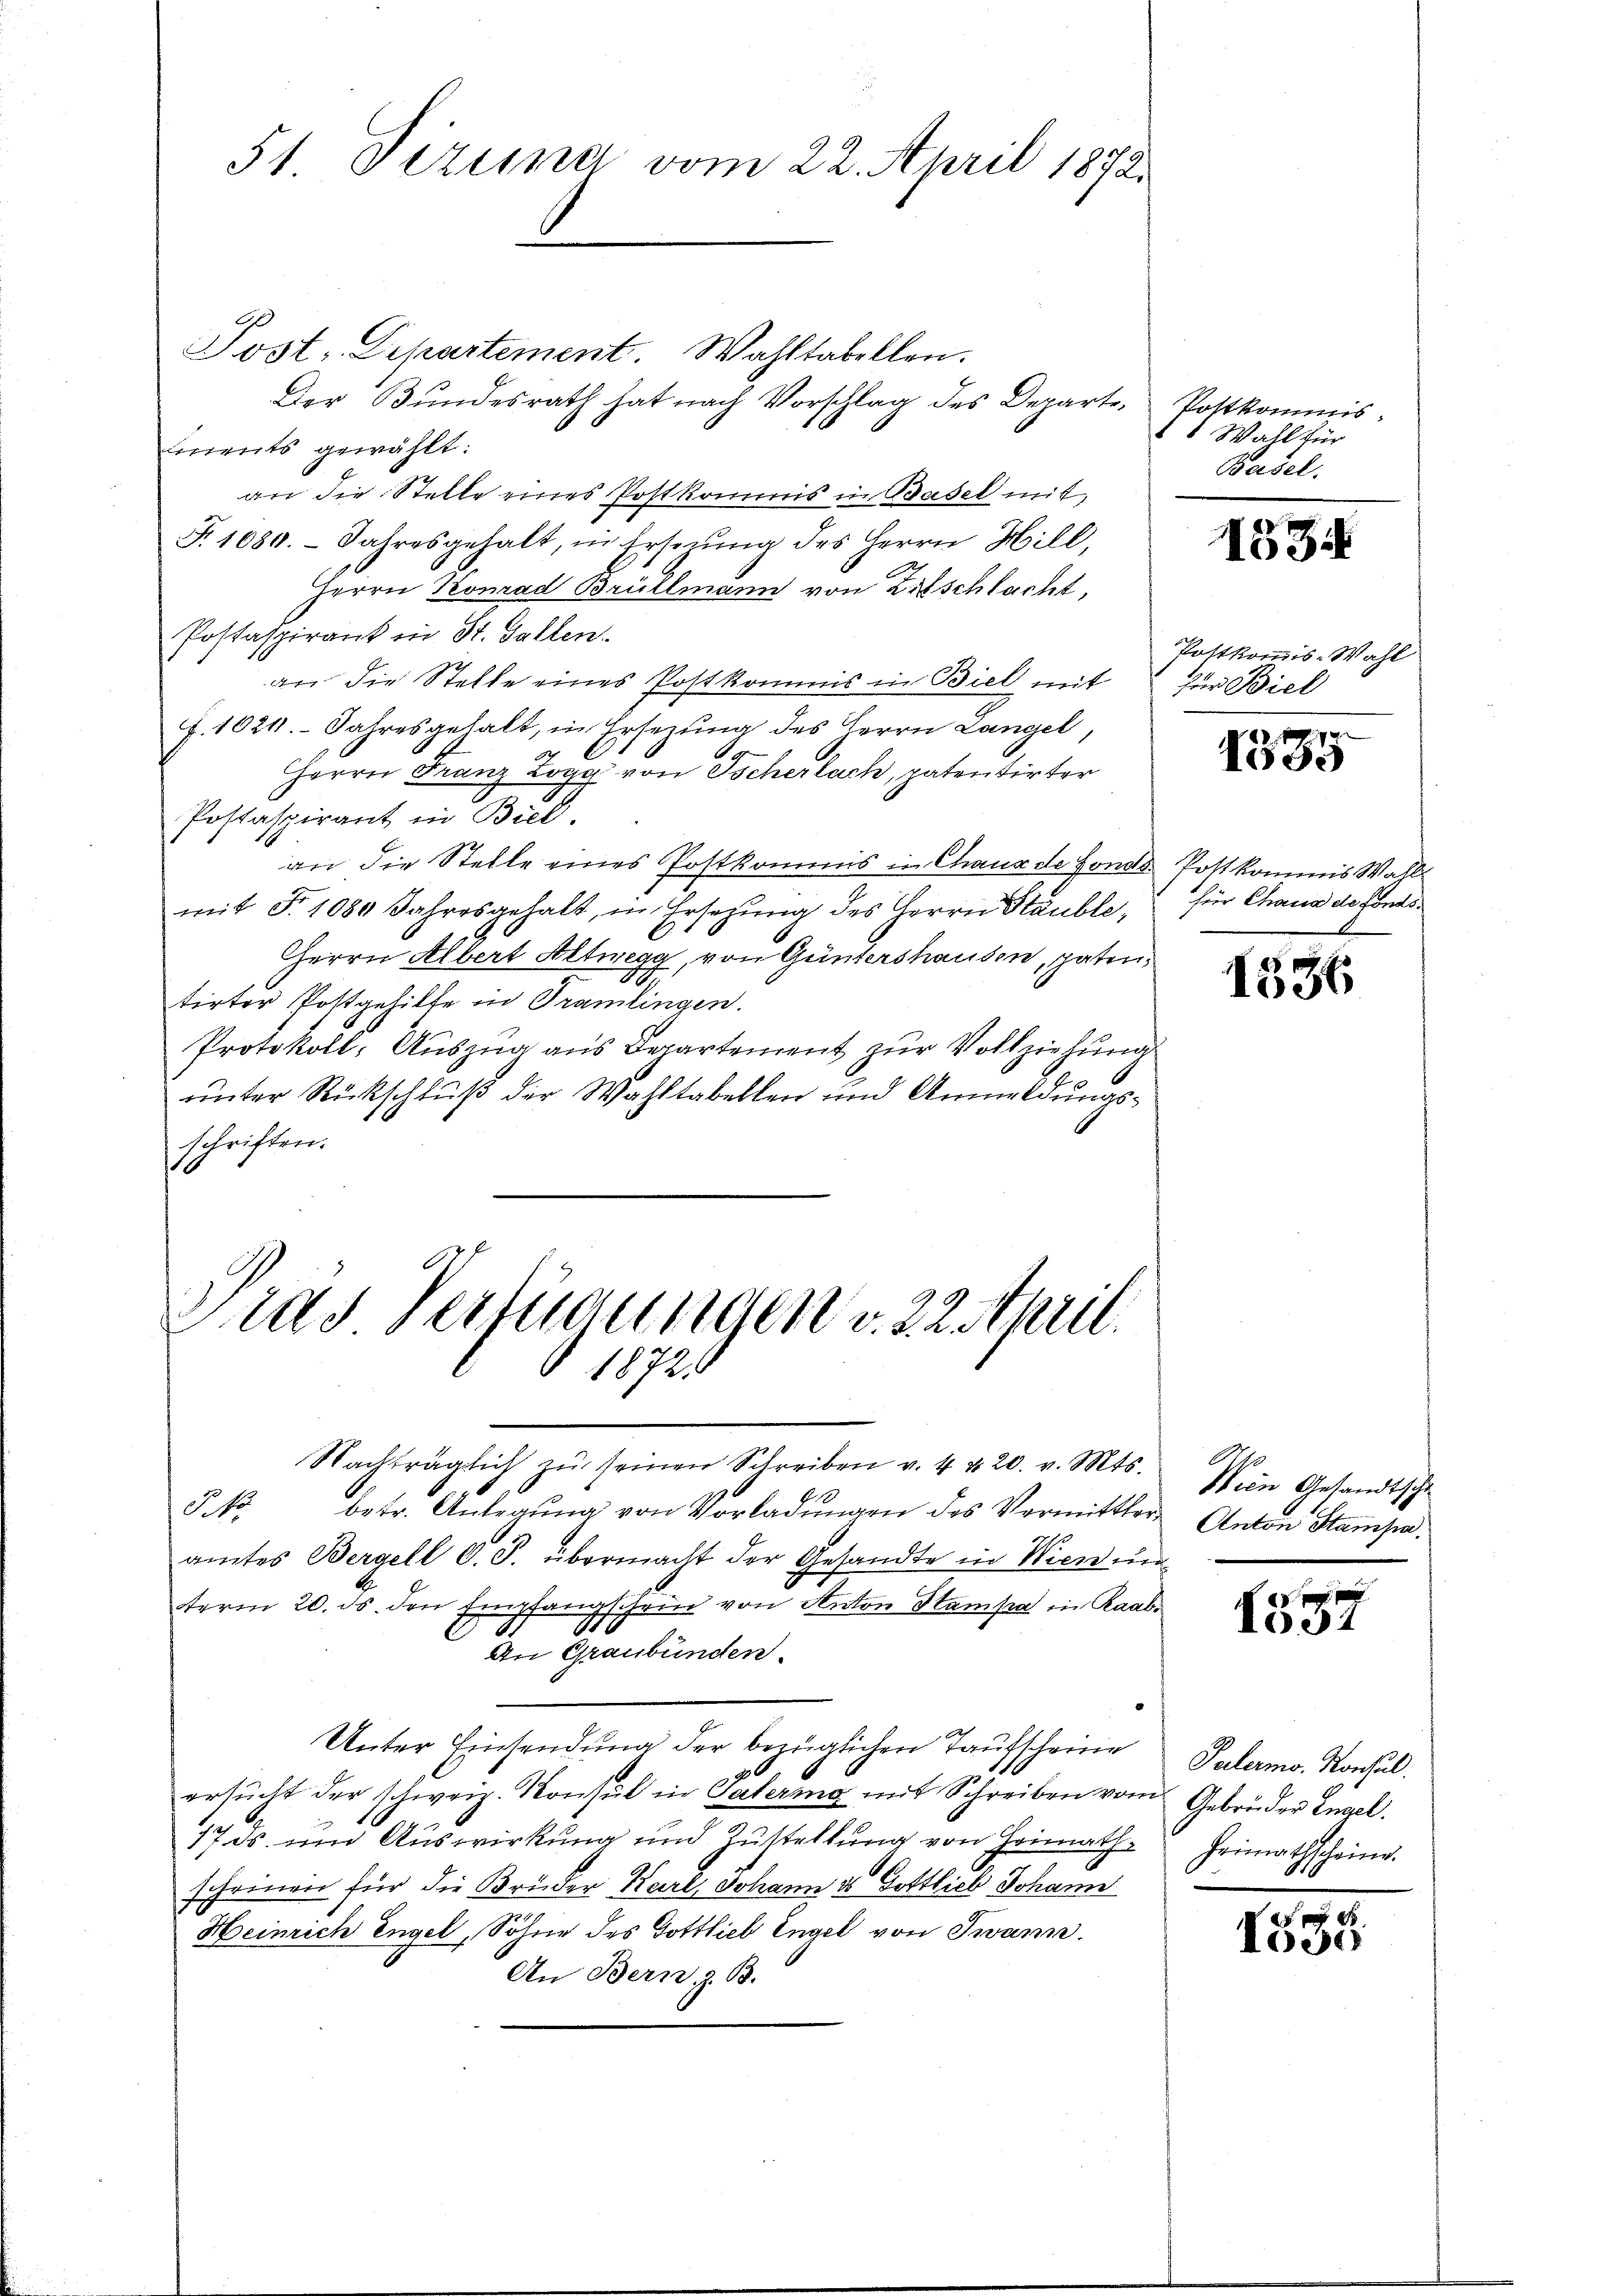
51 Siziner vom 22. April 1872.

Post. Departement. Wahltabellen.
Der Bundesrath hat nach Vorschlag des Departe Postkommisiments gewählt:
an die Stelle eines Postkommis in Basel mit,
T. 1080. Jahresgehalt, in Erseŭng des Herrn Hill,
Herrn Konrad Brüllmann von Zitschlacht,
Postaspirank in St. Gallen.
an die Stelle eines Postkommis in Biel mit
f. 1021. Jahresgehalt, in Ersezung des Herrn Langel,
Herrn Franz Logg von Tscherlach, patentirter
Postaspirant in Biel.
an die Stelle eines Postkommis in Chaus de fonds. Postkommis Wahl
mit Fr. 1080 Jahresgehalt, in Ersetzung des Herrn Stauble,
l
Herrn Albert Altweg, von Guntershausen, paten,
A
tirter Postgehilfe in Gramlingen.
Protokoll, Auszug aus Departement zur Vollziehung
unter Rückschluß der Wahltabellen und Anmeldungsschriften.

Dias Verfügungen v. 22 staril
1872

1 Wahl für
Basel.

Nachträglich zŭ seinen Schreiben v. 4 & 20. v. Mts.
betr. Anlegung von Vorladungen des Vormittler¬
No 13
amtes Bergell O. S. übermacht der Gesandte in Wien un
term 20. ds. den Empfangschein von Anton Stampe ein Raabe
An Graubünden.
Unter Einsendung der bezüglichen Taufscheine
ersŭcht der schweiz. Konsul in Galermo mit Schreiben vom Gebrüder Engel.
17 ds. um Auswirkung und Zustellung von Heimath Heimathscheine
scheinen für die Brüder Karl, Johann ds Gottlieb Johann
Heinrich Engel, Söhne des Gottlieb Engel von Twann.
An Bern, z. B.

1534

Postkommis-Wahl
für Biel

i
1595

für Chaus de fonds¬

1536

Wein Gesandtscha
Anton Stamsa.

1531

Palermor. Konsul

300
Ide